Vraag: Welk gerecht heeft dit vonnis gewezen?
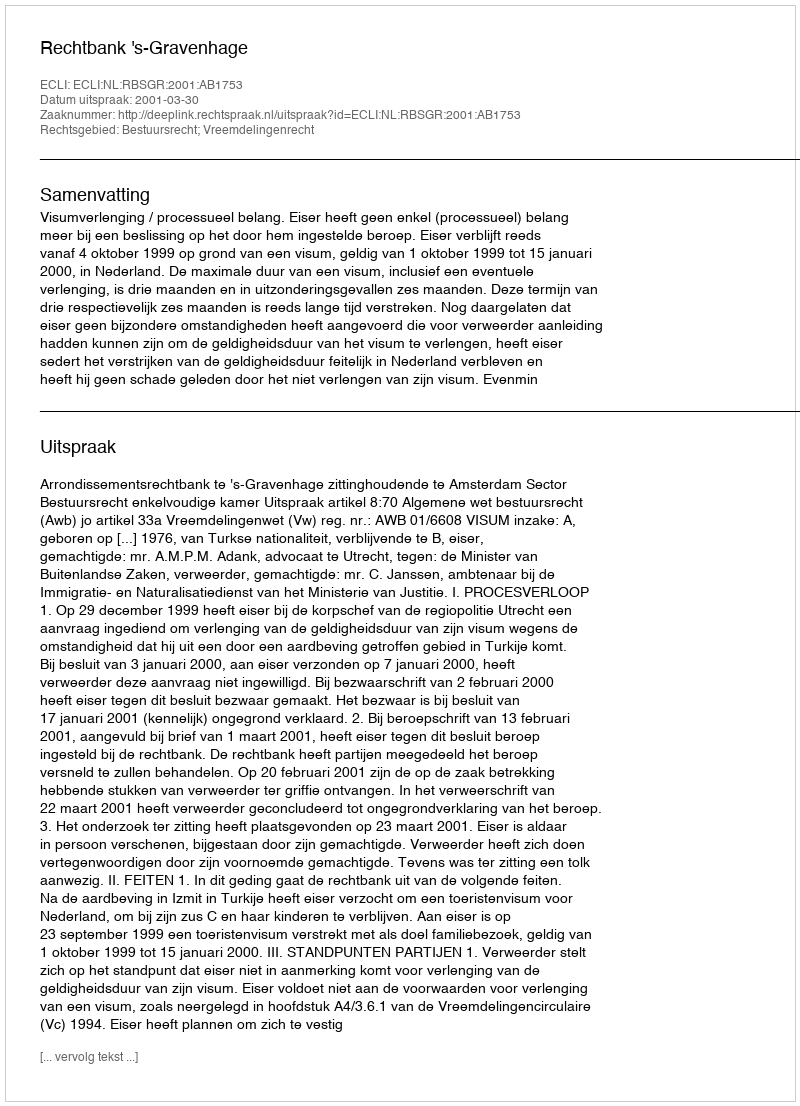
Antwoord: Rechtbank 's-Gravenhage